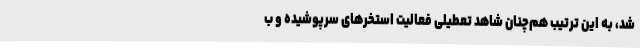
شد، به این ترتیب هم‌چنان شاهد تعطیلی فعالیت استخرهای سرپوشیده و ب